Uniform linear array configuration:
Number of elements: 4
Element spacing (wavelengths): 0.75
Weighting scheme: hamming
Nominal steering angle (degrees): -30
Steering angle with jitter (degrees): -29.799
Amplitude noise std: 0.05
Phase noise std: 0.05

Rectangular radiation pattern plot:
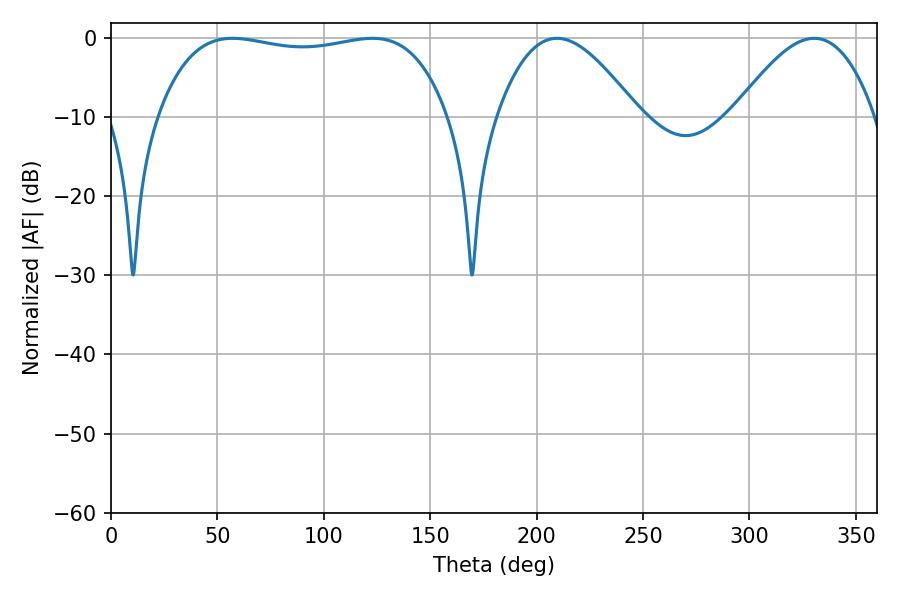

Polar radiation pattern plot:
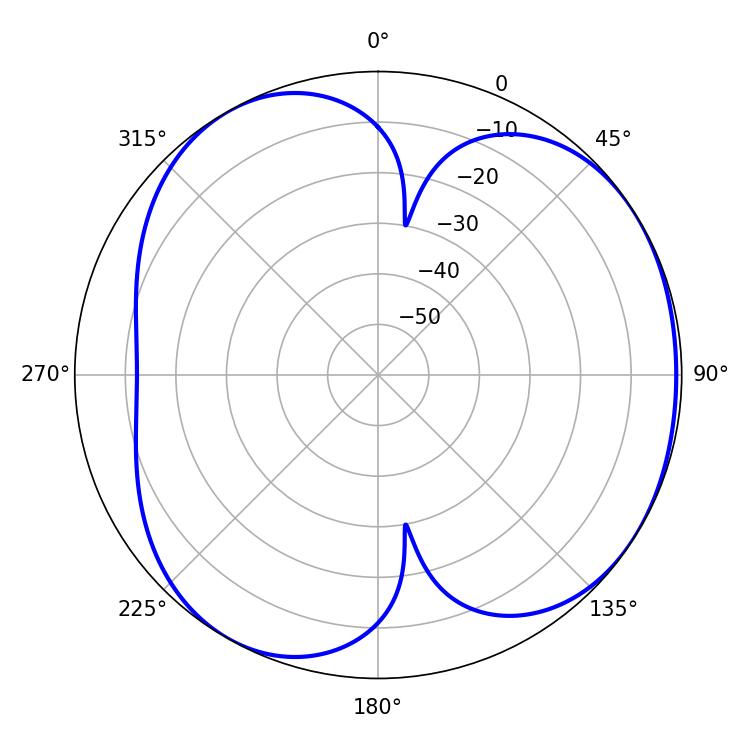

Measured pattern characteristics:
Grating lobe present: TRUE
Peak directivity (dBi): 4.349
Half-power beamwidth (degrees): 36
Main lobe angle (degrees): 209.52